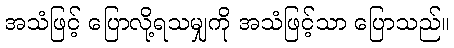
အသံဖြင့် ပြောလို့ရသမျှကို အသံဖြင့်သာ ပြောသည်။